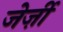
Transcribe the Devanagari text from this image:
जेर्ज़ी